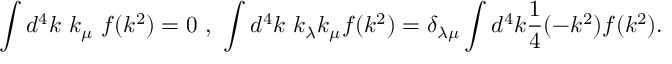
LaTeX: \int d ^ { 4 } k \ k _ { \mu } \ f ( k ^ { 2 } ) = 0 \ , \ \int d ^ { 4 } k \ k _ { \lambda } k _ { \mu } f ( k ^ { 2 } ) = \delta _ { \lambda \mu } \int d ^ { 4 } k \frac { 1 } { 4 } ( - k ^ { 2 } ) f ( k ^ { 2 } ) .